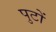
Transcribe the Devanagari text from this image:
पुटों